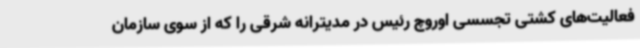
فعالیت‌های کشتی تجسسی اوروچ رئیس در مدیترانه شرقی را که از سوی سازمان